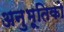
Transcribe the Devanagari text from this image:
अनुभूतिको